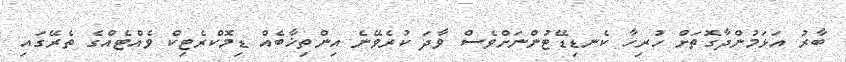
ބާރު އަޅަމުންދާގޮތަށް ހުރިހާ ކެނޑިޑޭޓުންނަށްވެސް ވާދަ ކުރެވޭނެ އިންތިޚާބެއް ޑިމޮކްރެޓިކް ވެއްޓެއްގެ ތެރޭގައި